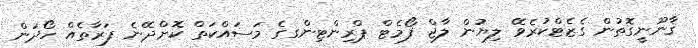
ޤާނޫނީގޮތުން ގެޒެޓްކުރެވޭ ލިޔުން ލާޖް ފޯމެޓް ޕްރިންޓިންގގެ މަސައްކަތް ކޮށްދޭނެ ފަރާތެއް ހޯދަން